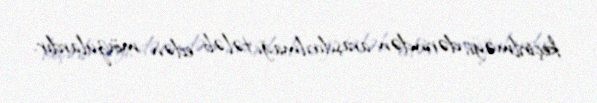
keçirilməyi, dərindən araşdırılmağı tələb edən mövzulardır.